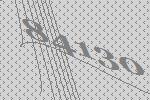
84130